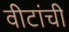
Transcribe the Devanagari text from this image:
वीटांची